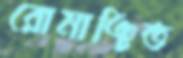
রোমাঞ্চিত